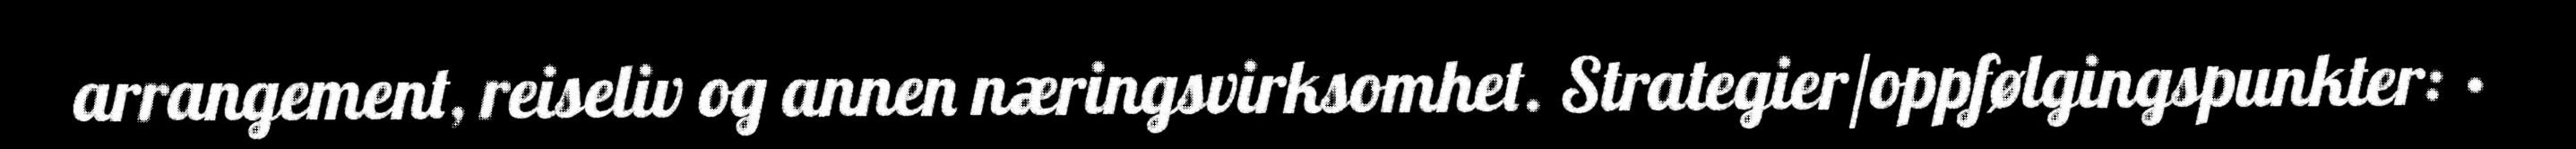
arrangement, reiseliv og annen næringsvirksomhet. Strategier/oppfølgingspunkter: ·